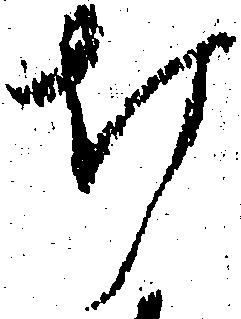
打